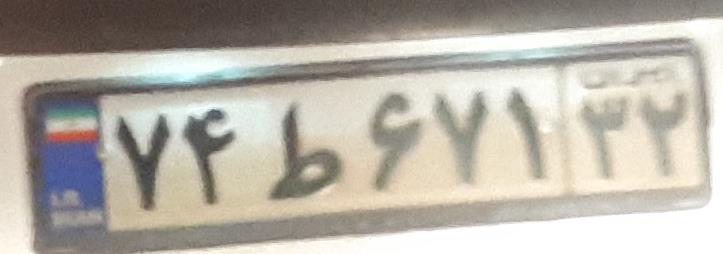
۷۴ط۶۷۱۳۲